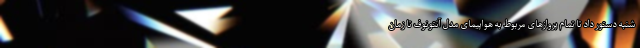
شنبه دستور داد تا تمام پروازهای مربوط به هواپیمای مدل آنتونوف تا زمان